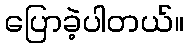
ပြောခဲ့ပါတယ်။